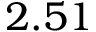
2 . 5 1